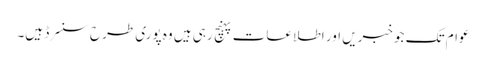
عوام تک جو خبریں اور اطلاعات پہنچ رہی ہیں وہ پوری طرح سنسرڈ ہیں۔